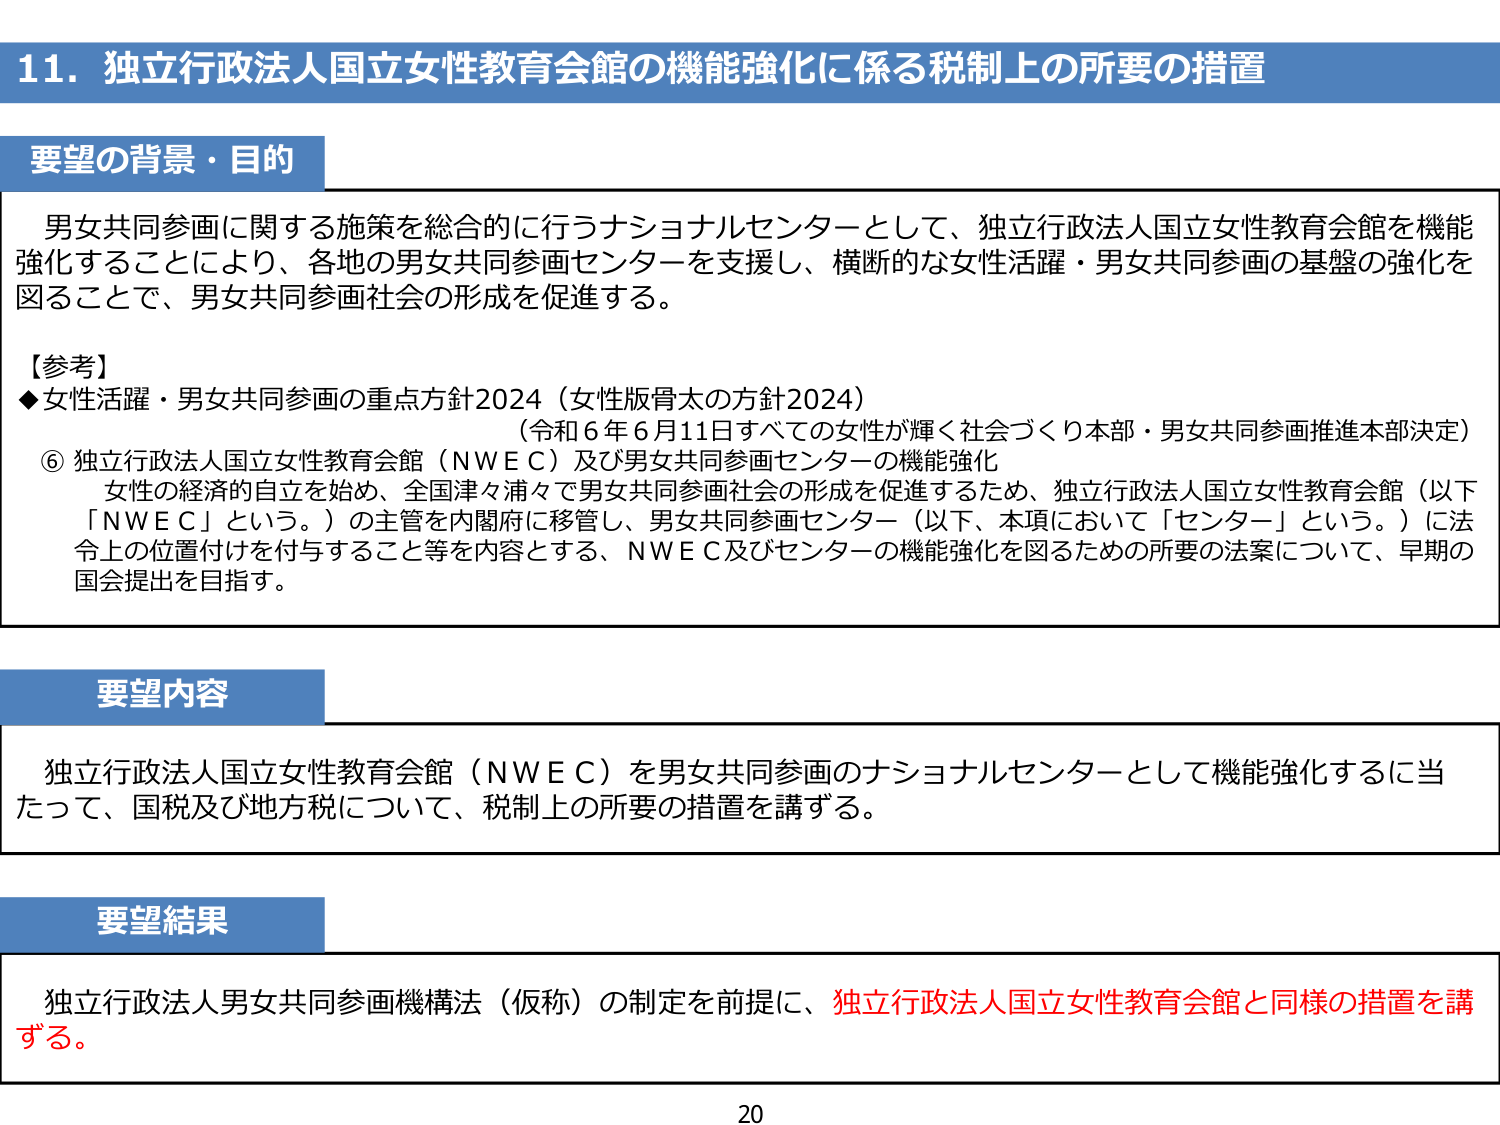
11. 独立行政法人国立女性教育会館の機能強化に係る税制上の所要の措置

要望の背景・目的

男女共同参画に関する施策を総合的に行うナショナルセンターとして、独立行政法人国立女性教育会館を機能強化することにより、各地の男女共同参画センターを支援し、横断的な女性活躍・男女共同参画の基盤の強化を図ることで、男女共同参画社会の形成を促進する。

【参考】
◆女性活躍・男女共同参画の重点方針2024（女性版骨太の方針2024）
（令和6年6月11日すべての女性が輝く社会づくり本部・男女共同参画推進本部決定）
⑥ 独立行政法人国立女性教育会館（NWEC）及び男女共同参画センターの機能強化
女性の経済的自立を始め、全国津々浦々で男女共同参画社会の形成を促進するため、独立行政法人国立女性教育会館（以下「NWEC」という。）の主管を内閣府に移管し、男女共同参画センター（以下、本項において「センター」という。）に法令上の位置付けを付与すること等を内容とする、NWEC及びセンターの機能強化を図るための所要の法案について、早期の国会提出を目指す。

要望内容

独立行政法人国立女性教育会館（NWEC）を男女共同参画のナショナルセンターとして機能強化するに当たって、国税及び地方税について、税制上の所要の措置を講ずる。

要望結果

独立行政法人男女共同参画機構法（仮称）の制定を前提に、独立行政法人国立女性教育会館と同様の措置を講ずる。

20